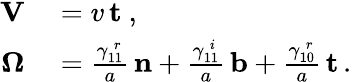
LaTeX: \begin{array}{rl}{\mathbf{V}}&{{}=v\, {\mathbf t}\ ,}\\ {{\boldsymbol\Omega}}&{{}=\frac{\gamma_{11}^{\, r}}{a}\, {\mathbf n}+\frac{\gamma_{11}^{\, i}}{a}\, {\mathbf b}+\frac{\gamma_{10}^{\, r}}{a}\, {\mathbf t}\, .}\end{array}